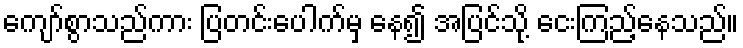
ကျော်စွာသည်ကား ပြတင်းပေါက်မှ နေ၍ အပြင်သို့ ငေးကြည့်နေသည်။